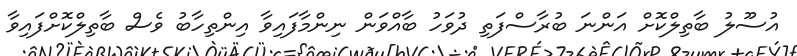
އުސޫލު ބާތިލްކޮށް އަންނަ ބުރާސްފަތި ދުވަހު ބާއްވަން ނިންމާފައިވާ އިންތިހާބު ވެސް ބާތިލްކޮށްފައިވާ